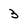
Character: 3